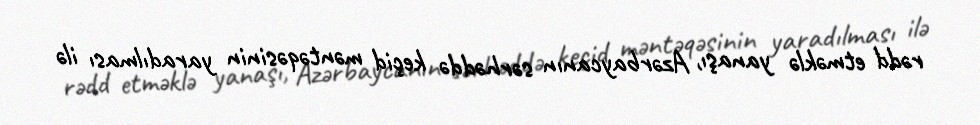
rədd etməklə yanaşı, Azərbaycanın sərhəddə keçid məntəqəsinin yaradılması ilə